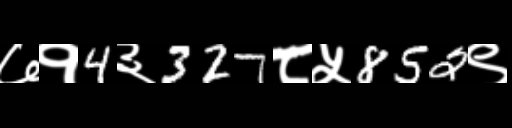
Text: ७१4३327८५852९